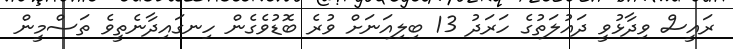
ރައީސް ވިދާޅުވީ ދައުލަތުގެ ހަރަދު 13 ބިލިއަނަށް ވުރެ ބޮޑުވެގެން ހިނގައިދާނެތީވެ ތަސްމީން